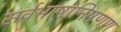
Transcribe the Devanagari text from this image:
सर्वभाषानिषणण